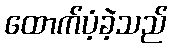
ထောက်ပံ့ခဲ့သည်